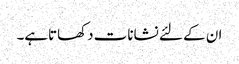
ان کے لئے نشانات دکھاتاہے۔